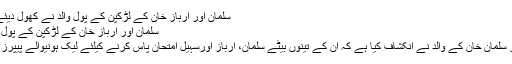
سلمان اور ارباز خان کے لڑکپن کے پول والد نے کھول دیئے | ڈیلی مشرق نیوز
سلمان اور ارباز خان کے لڑکپن کے پول والد نے کھول دیئے
ممبئی: بالی وڈ اداکار سلمان خان کے والد نے انکشاف کیا ہے کہ ان کے تینوں بیٹے سلمان، ارباز اورسہیل امتحان پاس کرنے کیلئے لیک ہونیوالے پیپرز کا سہارا لیتے تھے۔